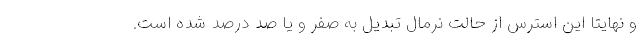
و نهایتا این استرس از حالت نرمال تبدیل به صفر و یا صد درصد شده است.